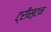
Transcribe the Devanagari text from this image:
ट्रीस्टन